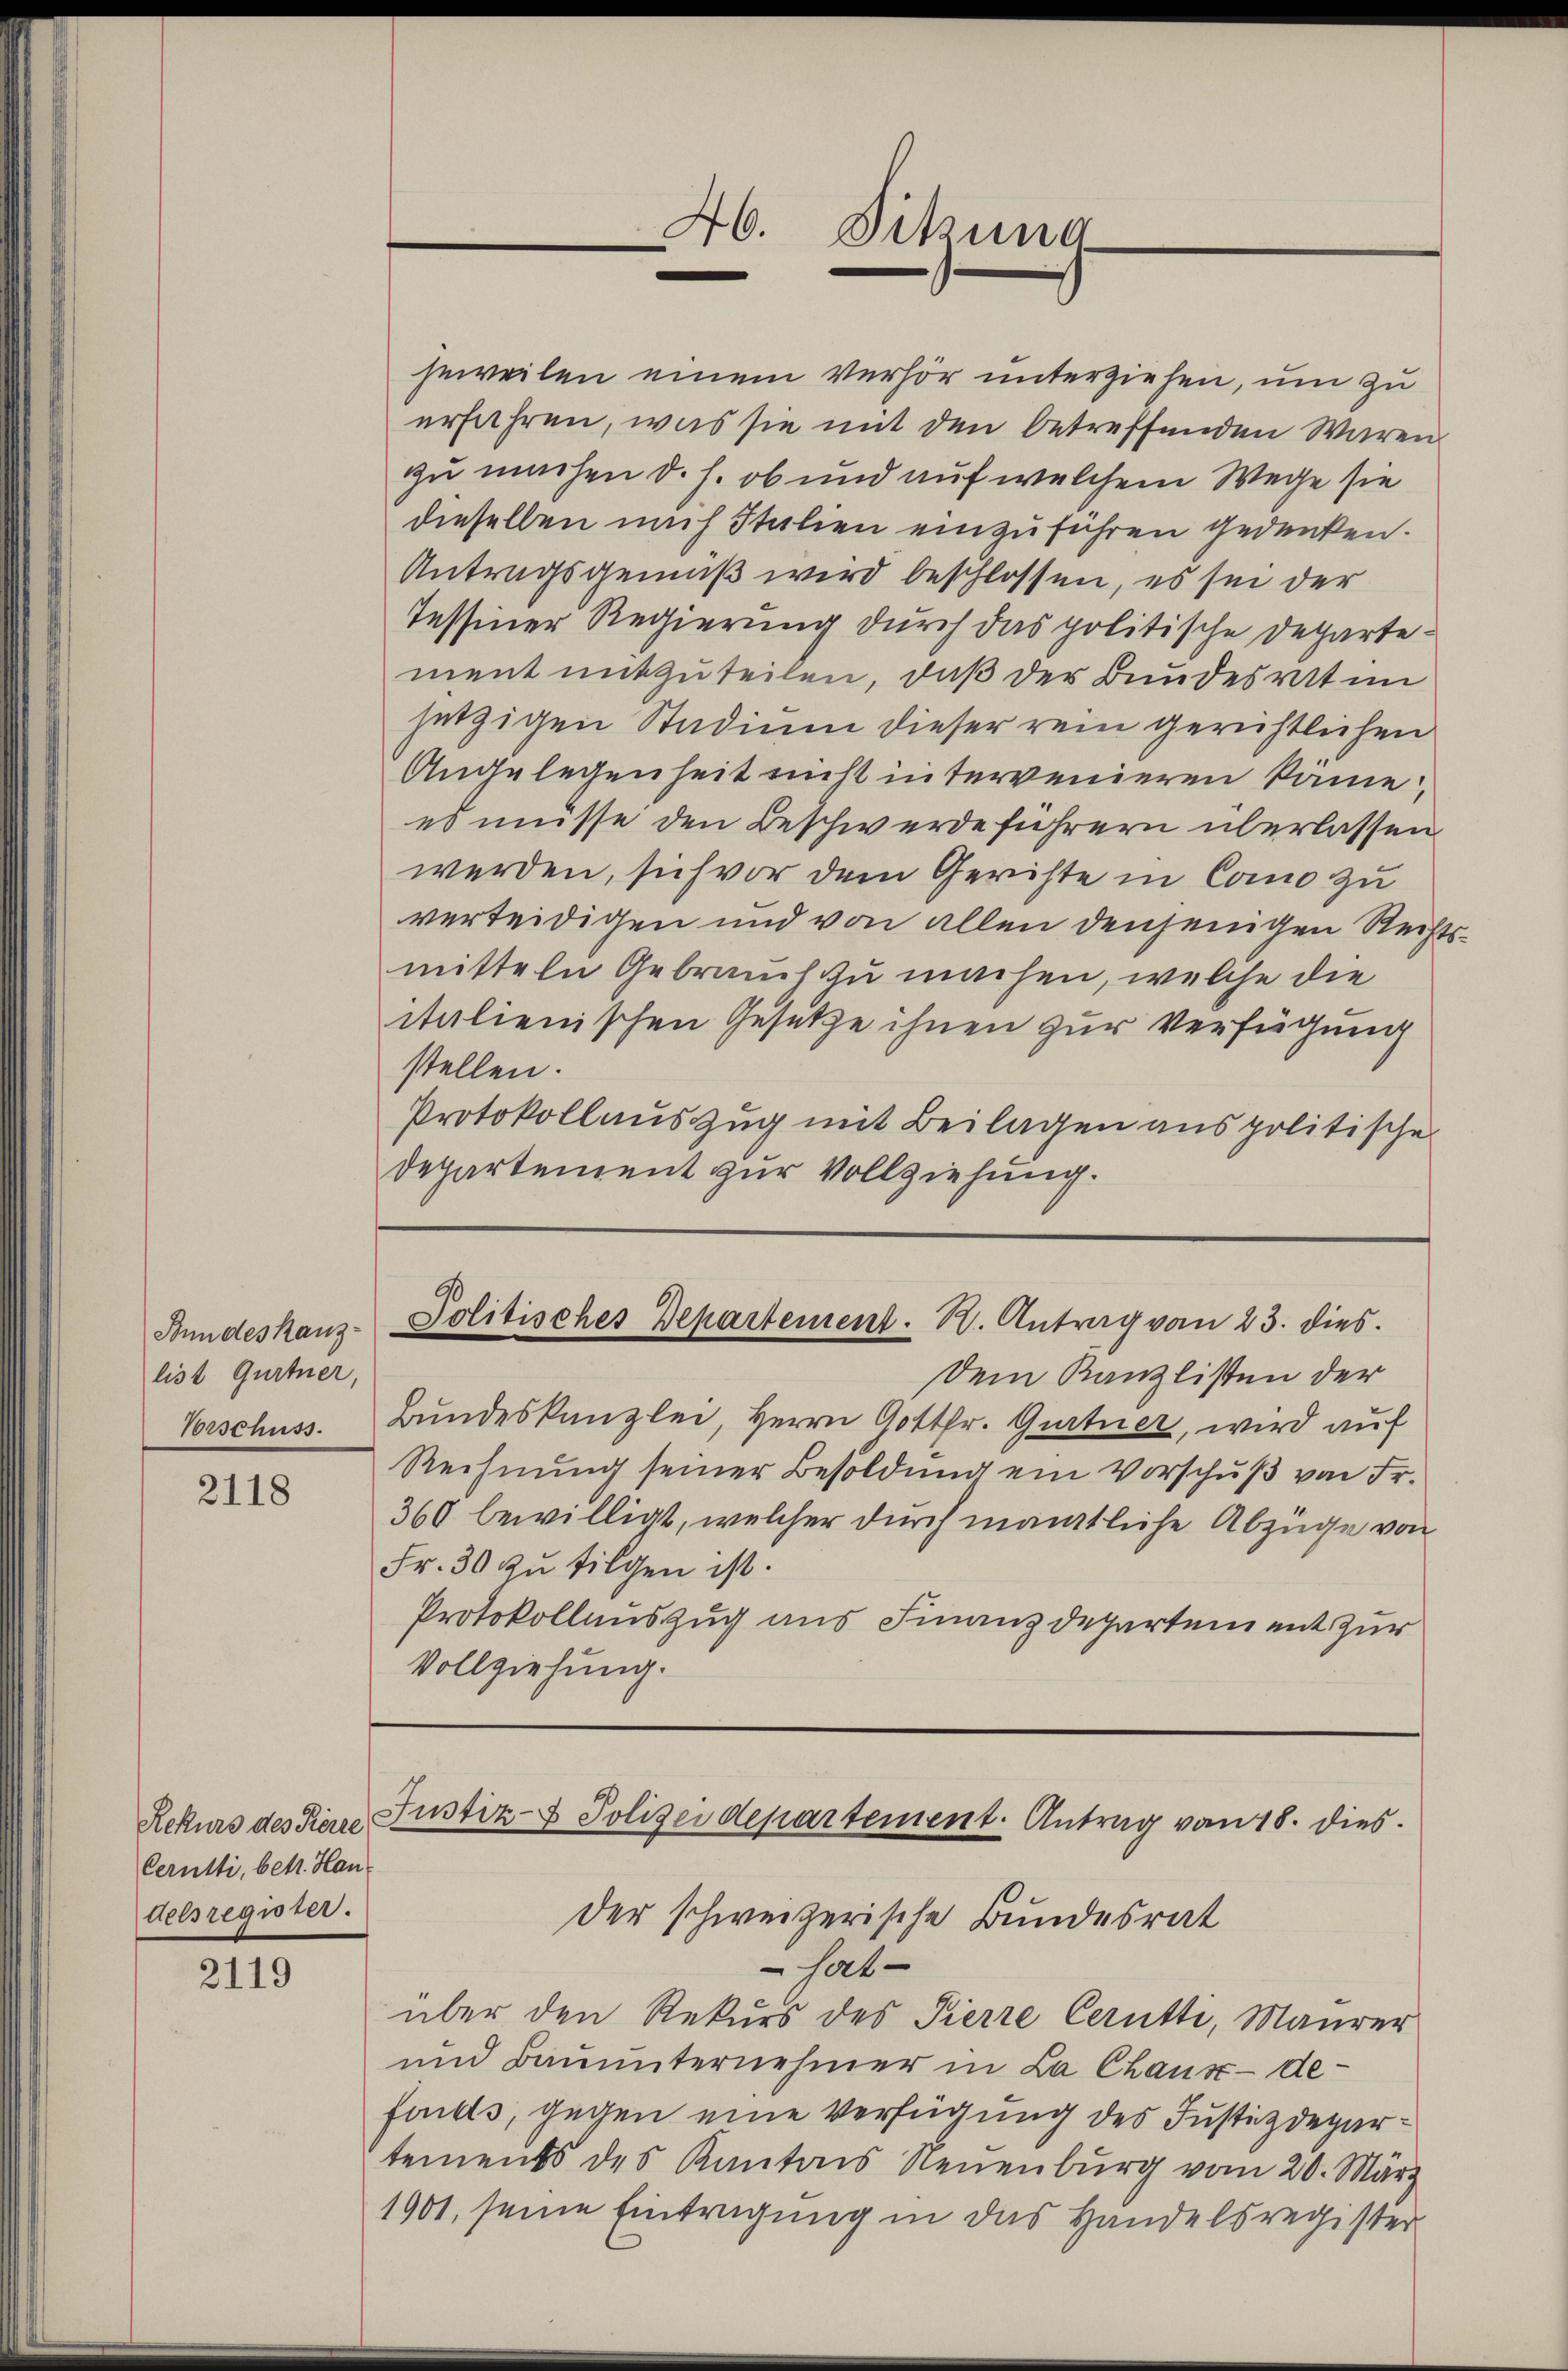
Bundeskanzlist Gurtner,
Vorschuss

2118

Rekurs des Pierre
Cerutti, betr. Han-
delsregister.

2119

Dem Kanzlisten der
Bundeskanzlei, Herrn Gottfr. Gurtner, wird auf
Rechnung seiner Besoldung ein Vorschuß von Fr.
360 bewilligt, welcher durch mantliche Abzüge von
Fr. 30 zŭ tilgen ist.
Protokollauszug aus Finanzdepartement zur
Vollziehung.

x
A6. Sitzung

jeweilen einem Verhör unterziehen, um zu
erfahren, was sie mit den betreffenden Waren
zu machen d. h. ob und auf welchem Wege sie
dieselben nach Italien einzuführen gedenken.
Antragsgemäß wird beschlossen, es sei der
Tessiner Regierung durch das politische Departement mitzuteilen, daß der Bundesrat im
jetzigen Studium dieser rein gerichtlichen
Angelegenheit nicht intervenieren käme
es müsse den Beschwerde führern überlassen
werden, sich vor dem Gerichte in Como zu
verteidigen und von allen denjenigen Rechtsmitteln Gebrauch zu machen, welche die
italienischen Gesetze ihnen zur Verfügung
stellen.
Protokollauszug mit Beilagen aus politische
Departement zur Vollziehung.

Politisches Departement. R. Antrag von 23. dies

Justiz- & Polizeidepartement. Antrag vom 18. dies
der schweizerische Bundesrat

hat-
über den Rekurs des Pierre Cerutti, Maurer
und Bauunternehmer in La Chaus - defindts, gegen eine Verfügung des Justizdepartements des Kantons Neuenburg vom 20. März
1901, seine Eintragung in das Handelsregister